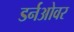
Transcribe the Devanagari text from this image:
डर्नओवर